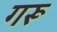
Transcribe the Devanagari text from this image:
गरू